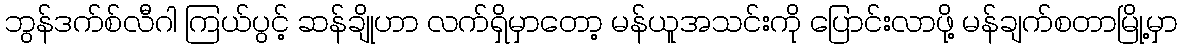
ဘွန်ဒက်စ်လီဂါ ကြယ်ပွင့် ဆန်ချိုဟာ လက်ရှိမှာတော့ မန်ယူအသင်းကို ပြောင်းလာဖို့ မန်ချက်စတာမြို့မှာ